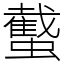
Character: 䘁